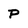
Character: P